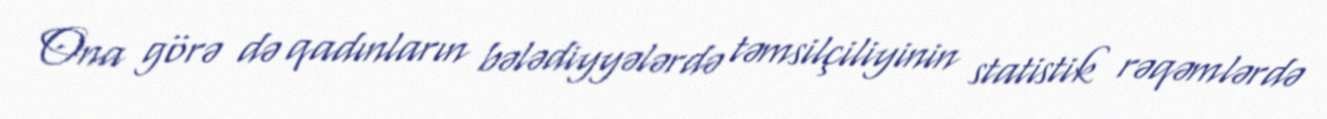
Ona görə də qadınların bələdiyyələrdə təmsilçiliyinin statistik rəqəmlərdə